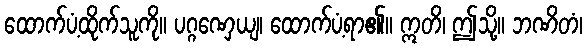
ထောက်ပံ့ထိုက်သူကို။ ပဂ္ဂဏှေယျ၊ ထောက်ပံ့ရာ၏။ ဣတိ၊ ဤသို့။ ဘဏိတံ၊